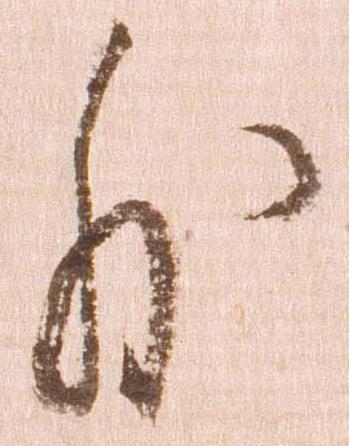
外